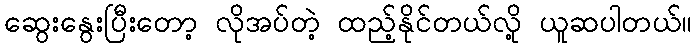
ဆွေးနွေးပြီးတော့ လိုအပ်တဲ့ ထည့်နိုင်တယ်လို့ ယူဆပါတယ်။